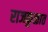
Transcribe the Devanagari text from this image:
राजकुळात